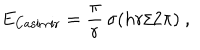
LaTeX: E _ { \mathrm { C a s i m i r } } = { \frac { \pi } { r } } \, \sigma ( { h r / 2 \pi } ) \ ,